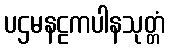
ပဌမနဠကပါနသုတ္တံ